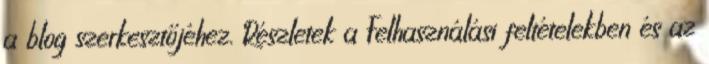
a blog szerkesztőjéhez. Részletek a Felhasználási feltételekben és az